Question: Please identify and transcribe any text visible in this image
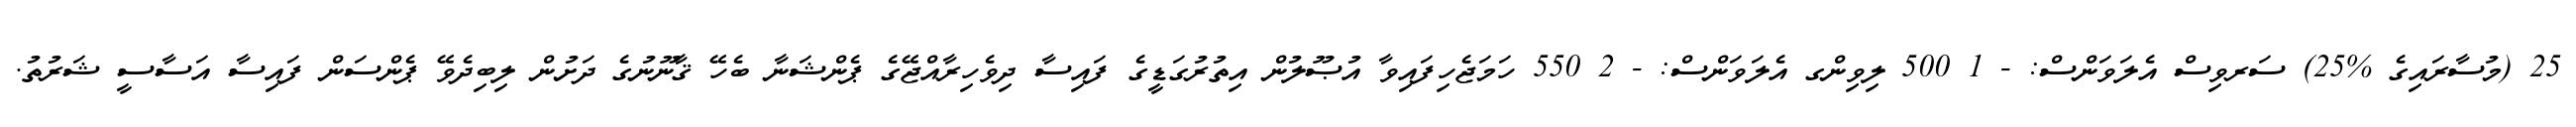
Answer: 25 (މުސާރައިގެ %25) ސަރވިސް އެލަވަންސް: - 1 500 ލިވިންގ އެލަވަންސް: - 2 550 ހަމަޖެހިފައިވާ އުޞޫލުން އިތުރުގަޑީގެ ފައިސާ ދިވެހިރާއްޖޭގެ ޕެންޝަނާ ބެހޭ ޤާނޫނުގެ ދަށުން ލިބިދެވޭ ޕެންސަން ފައިސާ އަސާސީ ޝަރުތު.